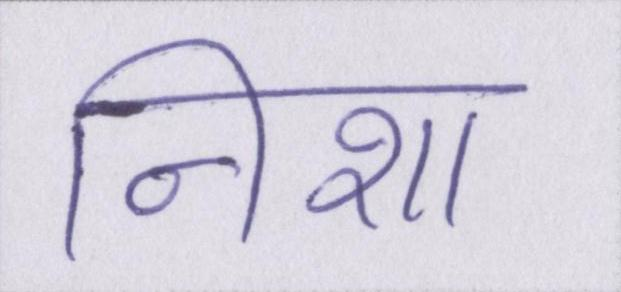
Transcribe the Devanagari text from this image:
निशा